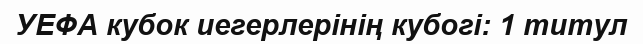
УЕФА кубок иегерлерінің кубогі: 1 титул